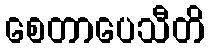
စေတာပေသီတိ